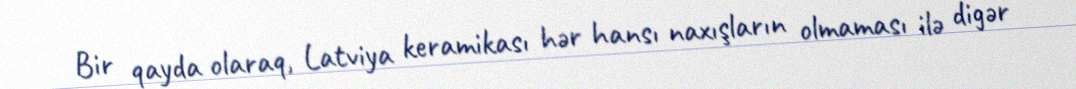
Bir qayda olaraq, Latviya keramikası hər hansı naxışların olmaması ilə digər